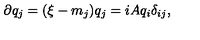
\partial q _ { j } = ( \xi - m _ { j } ) q _ { j } = i A q _ { i } \delta _ { i j } ,